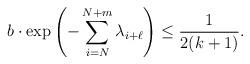
LaTeX: \begin{align*}b\cdot \exp\left(-\sum_{i=N}^{N+m} \lambda_{i+\ell}\right)\leq \frac{1}{2(k+1)}.\end{align*}